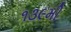
૧૩૯મી